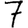
Digit: 7